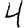
Digit: 4